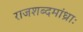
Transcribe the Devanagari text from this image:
राजशब्दमांध्राः